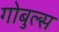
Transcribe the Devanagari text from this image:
गोबुल्स